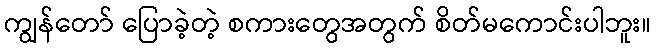
ကျွန်တော် ပြောခဲ့တဲ့ စကားတွေအတွက် စိတ်မကောင်းပါဘူး။